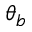
\theta _ { b }